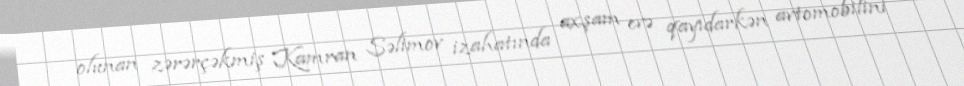
olunan zərərçəkmiş Kamran Səlimov izahatında axşam evə qayıdarkən avtomobilini